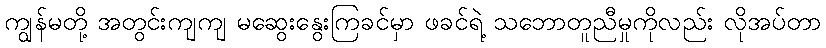
ကျွန်မတို့ အတွင်းကျကျ မဆွေးနွေးကြခင်မှာ ဖခင်ရဲ့ သဘောတူညီမှုကိုလည်း လိုအပ်တာ